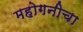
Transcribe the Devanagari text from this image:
महोगनीचा